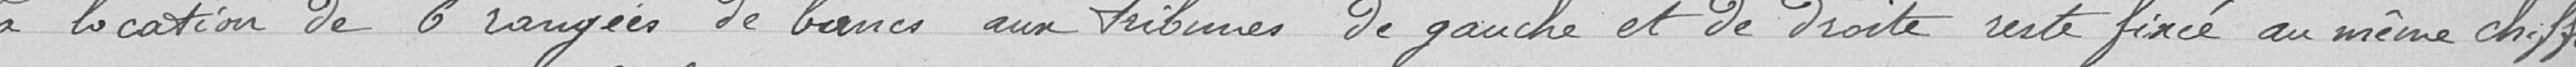
La location de 6 rangées de bancs aux tribunes de gauche et de droite reste fixée au même chiffre